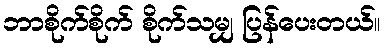
ဘာစိုက်စိုက် စိုက်သမျှ ပြန်ပေးတယ်။